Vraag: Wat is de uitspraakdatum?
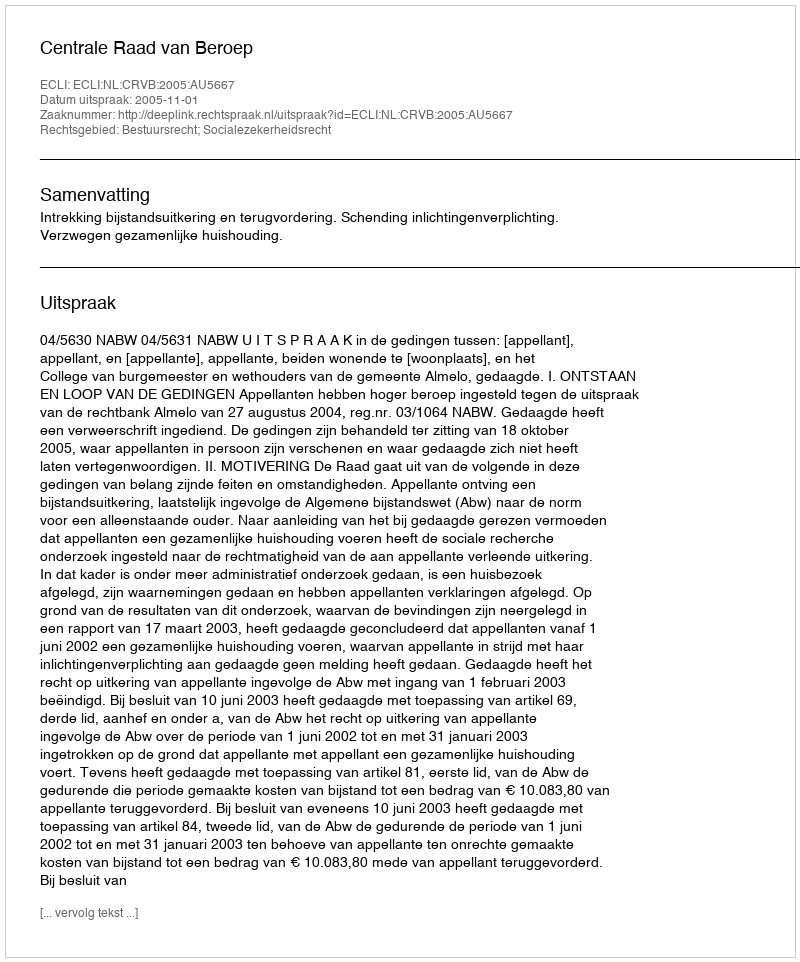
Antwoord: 2005-11-01